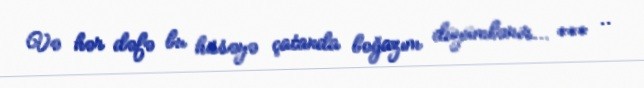
Və hər dəfə bu hissəyə çatanda boğazım düyümlənir... *** ..